Punjab Mental Hospital Lahore 1922-31 - 1922-1931
Year: 1922
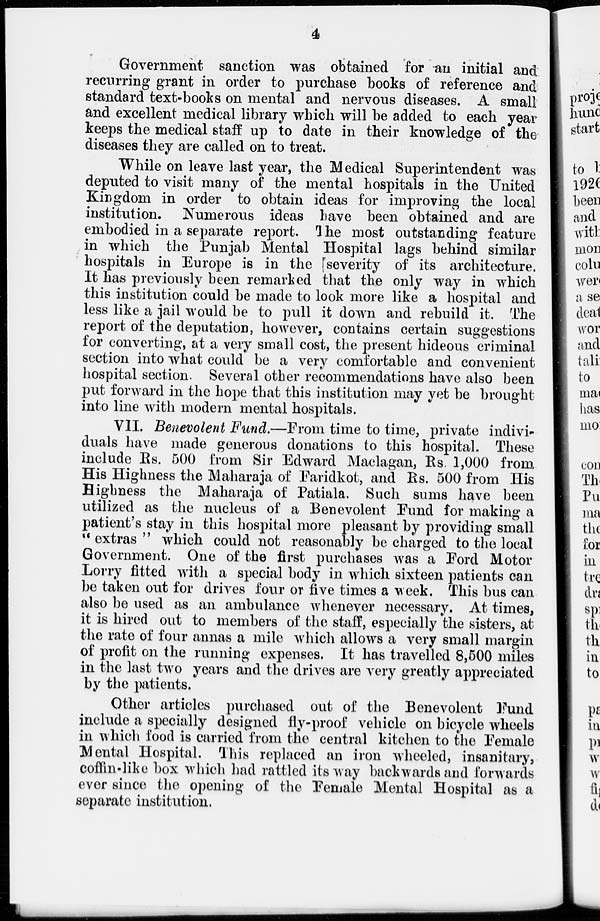
4
Government sanction was obtained for an initial and
recurring grant in order to purchase books of reference and
standard text-books on mental and nervous diseases. A small
and excellent medical library which will be added to each year
keeps the medical staff up to date in their knowledge of the
diseases they are called on to treat.
While on leave last year, the Medical Superintendent was
deputed to visit many of the mental hospitals in the United
Kingdom in order to obtain ideas for improving the local
institution. Numerous ideas have been obtained and are
embodied in a separate report. The most outstanding feature
in which the Punjab Mental Hospital lags behind similar
hospitals in Europe is in the severity of its architecture.
It has previously been remarked that the only way in which
this institution could be made to look more like a hospital and
less like a jail would be to pull it down and rebuild it. The
report of the deputation, however, contains certain suggestions
for converting, at a very small cost, the present hideous criminal
section into what could be a very comfortable and convenient
hospital section. Several other recommendations have also been
put forward in the hope that this institution may yet be brought
into line with modern mental hospitals.
VII. Benevolent Fund.—From time to time, private indivi-
duals have made generous donations to this hospital. These
include Rs. 500 from Sir Edward Maclagan, Rs. 1,000 from
His Highness the Maharaja of Faridkot, and Rs. 500 from His
Highness the Maharaja of Patiala. Such sums have been
utilized as the nucleus of a Benevolent Fund for making a
patient's stay in this hospital more pleasant by providing small
" extras " which could not reasonably be charged to the local
Government. One of the first purchases was a Ford Motor
Lorry fitted with a special body in which sixteen patients can
be taken out for drives four or five times a week. This bus can
also be used as an ambulance whenever necessary. At times,
it is hired out to members of the staff, especially the sisters, at
the rate of four annas a mile which allows a very small margin
of profit on the running expenses. It has travelled 8,500 miles
in the last two years and the drives are very greatly appreciated
by the patients.
Other articles purchased out of the Benevolent Fund
include a specially designed fly-proof vehicle on bicycle wheels
in which food is carried from the central kitchen to the Female
Mental Hospital. This replaced an iron wheeled, insanitary,
coffin-like box which had rattled its way backwards and forwards
ever since the opening of the Female Mental Hospital as a
separate institution.